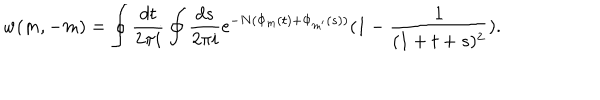
w ( m , - m ) = \oint \frac { d t } { 2 \pi i } \oint \frac { d s } { 2 \pi i } \mathrm { e } ^ { - N ( \Phi _ { m } ( t ) + \Phi _ { m ^ { \prime } } ( s ) ) } ( 1 - \frac { 1 } { ( 1 + t + s ) ^ { 2 } } ) .